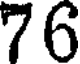
76